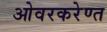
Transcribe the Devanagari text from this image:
ओवरकरेण्त